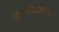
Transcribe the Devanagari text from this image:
बालकांडामध्ये